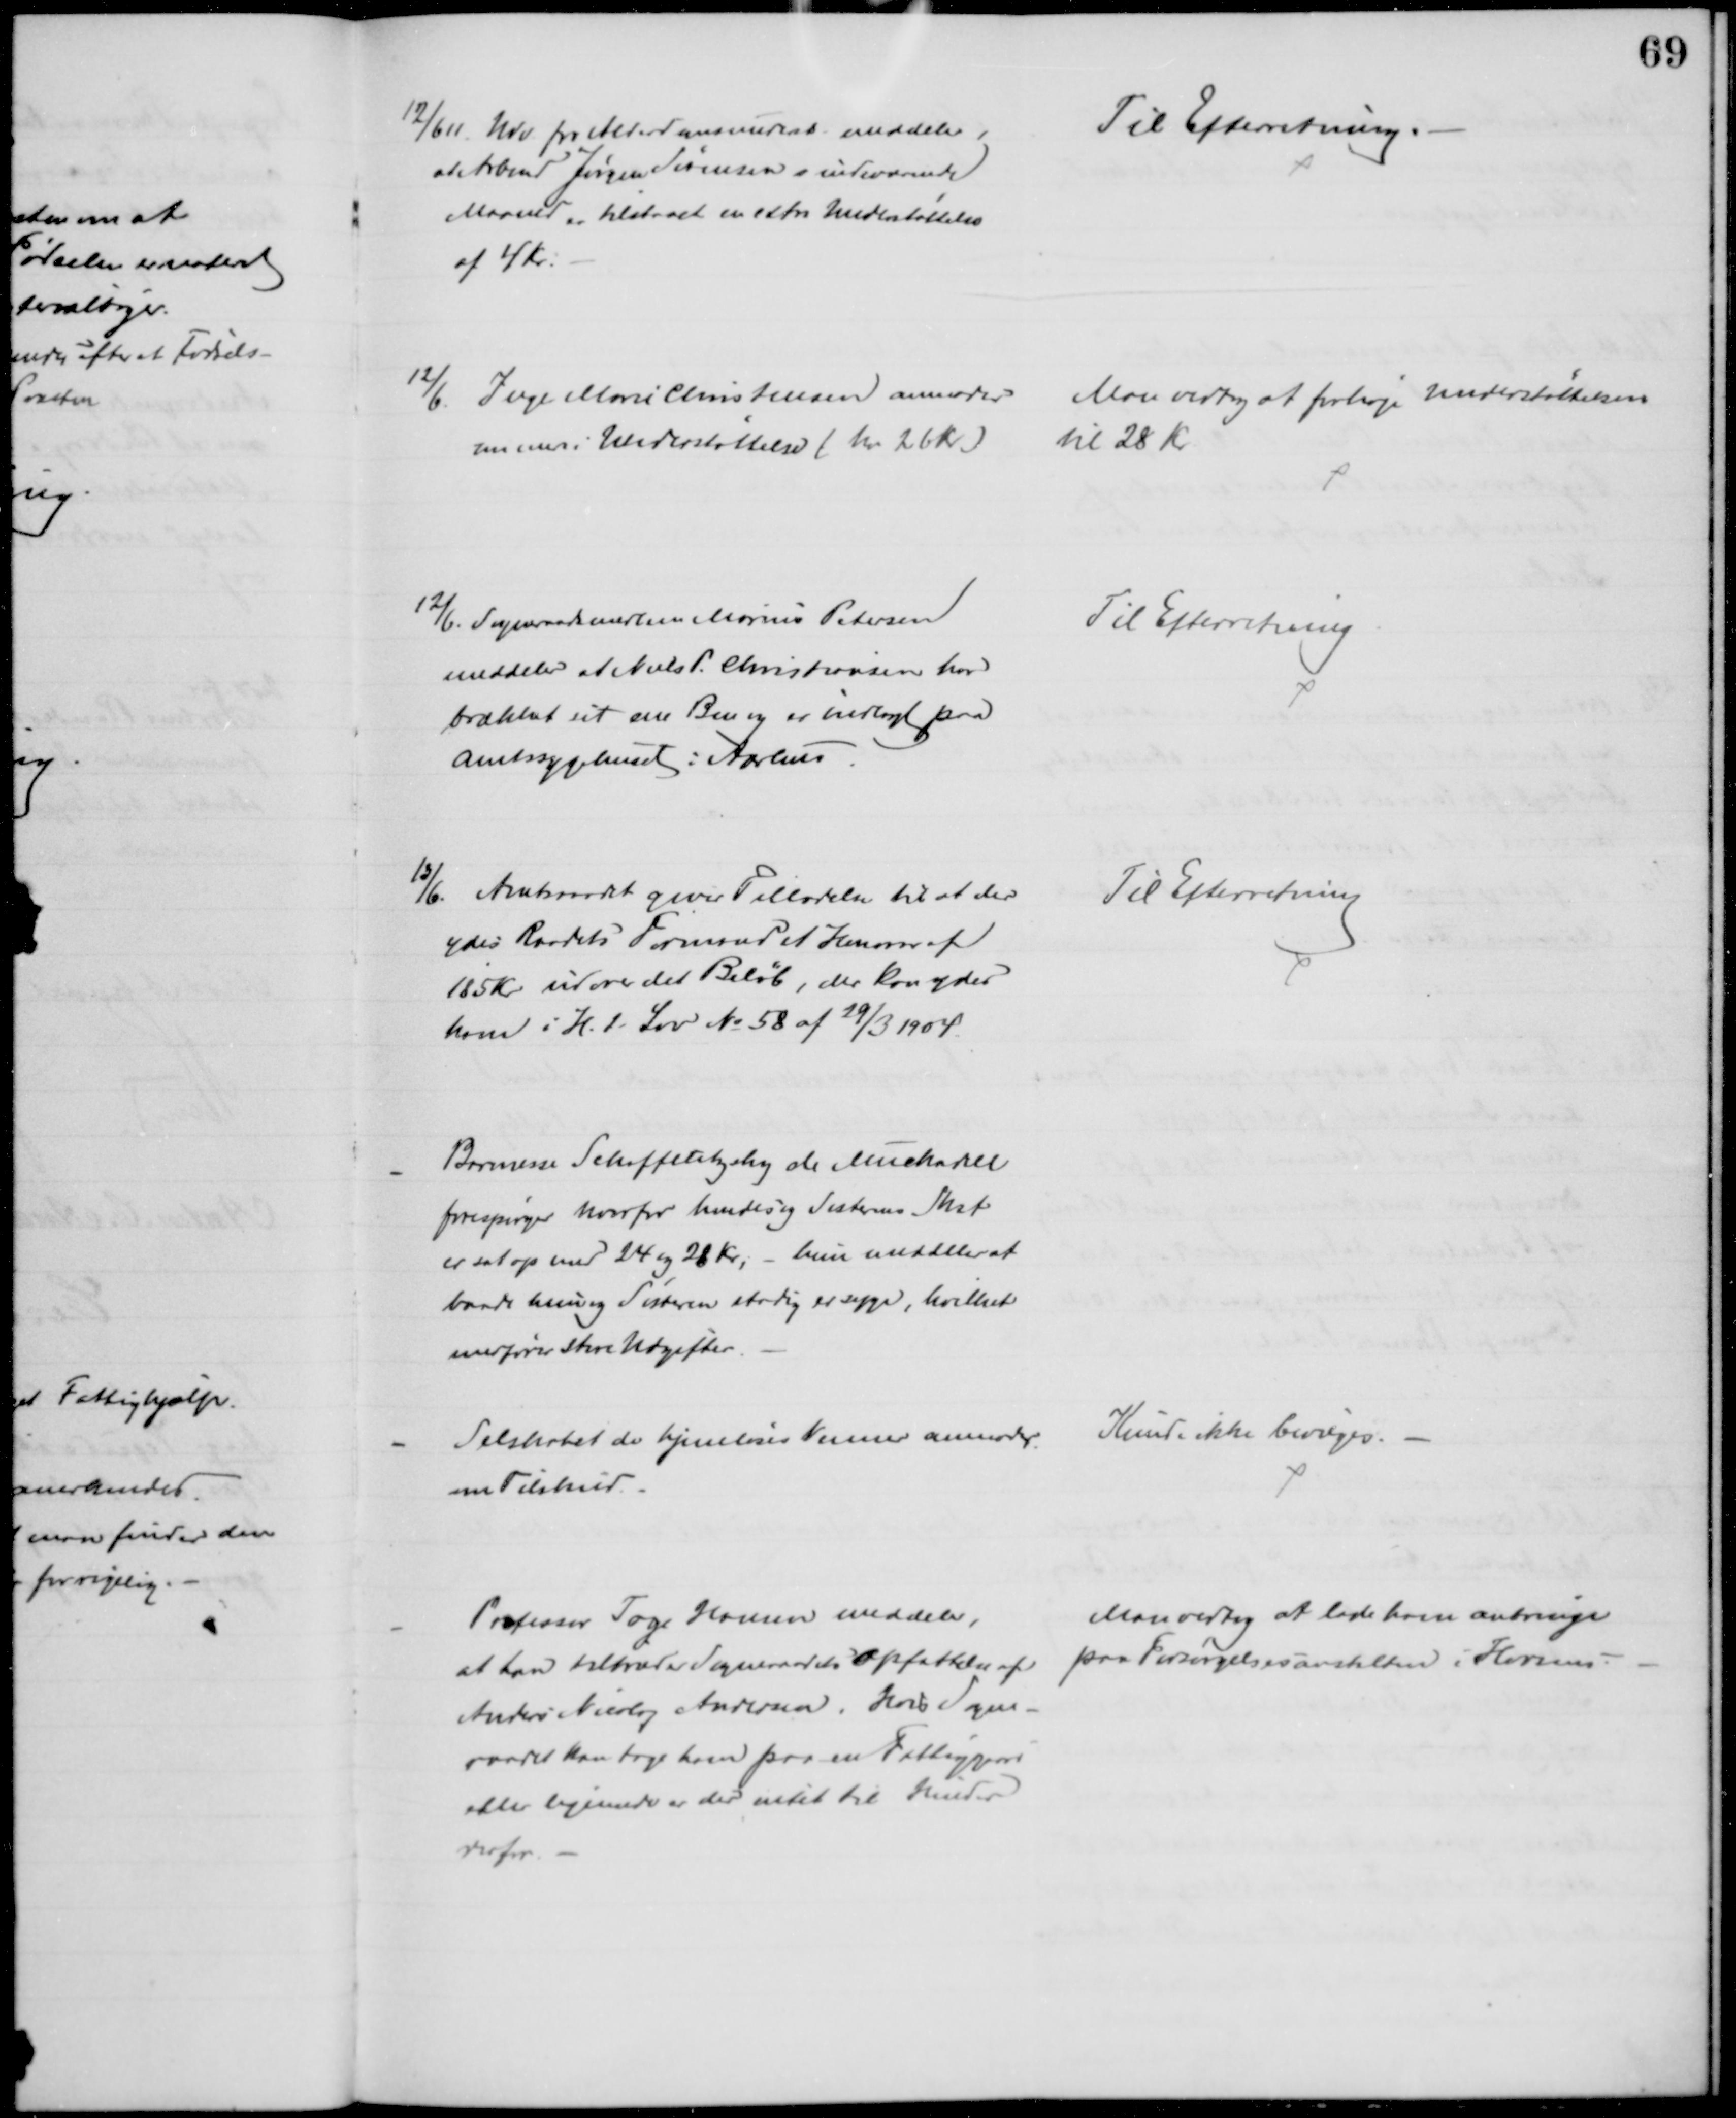
Transskription:
12/6 11. Udv. for Alderdomsunderst. meddeler,
at Arbmd Jørgen Sørensen i indeværende
Maaned er tilstaaet er extra Understøttelse
af 4 Kr.
Til Efterretning.
2/6. Inge Marie Christensen anmoder
om mer i Understøttelse ( har 26 Kr)
Man vedtog at forhøje Understøttelsen
til 28 Kr
12/6. Sogneraadsmedlem Marius Petersen
meddeler at Niels P. Christiansen har
brækket sit ene Ben og er indlagt paa
Amtssygehuset i Aarhus
Til Efterretning
13/6. Amtsraadet giver Tilladelse til at der
ydes Raadets Formand et Honorar af
185 Kr udover det Beløb, der kan ydes
ham i H.t. Lov № 58 af 29/3 1904.
Til Efterretning
Baronsesse Schaffalitzky de Muckadell
forespørger hvorfor hendes og Søsterens Skat
er sat op med 24 og 28 Kr. - hun meddeler at
baade hun og Søsteren stadig er syge, hvilket
medfører store Udgifter.
Selskabet de hjemløses Venner anmoder
om Tilskud.
Kunde ikke bevilges.
Professor Tage Hansen meddeler,
at han tiltræder Sogneraadets Opfattelse af
Anders Nicolaj Andersen. Hvis Sogne-
raadet kan tage ham paa en Fattiggaard
eller lignende er der intet til Hinder
derfor.
Man vedtog at lade ham anbringe
paa Forsørgelsesanstalten i Horsens.